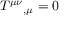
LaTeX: T ^ { \mu \nu } { } _ { , \mu } = 0